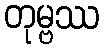
တုမ္ဗဿ